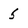
Character: 5